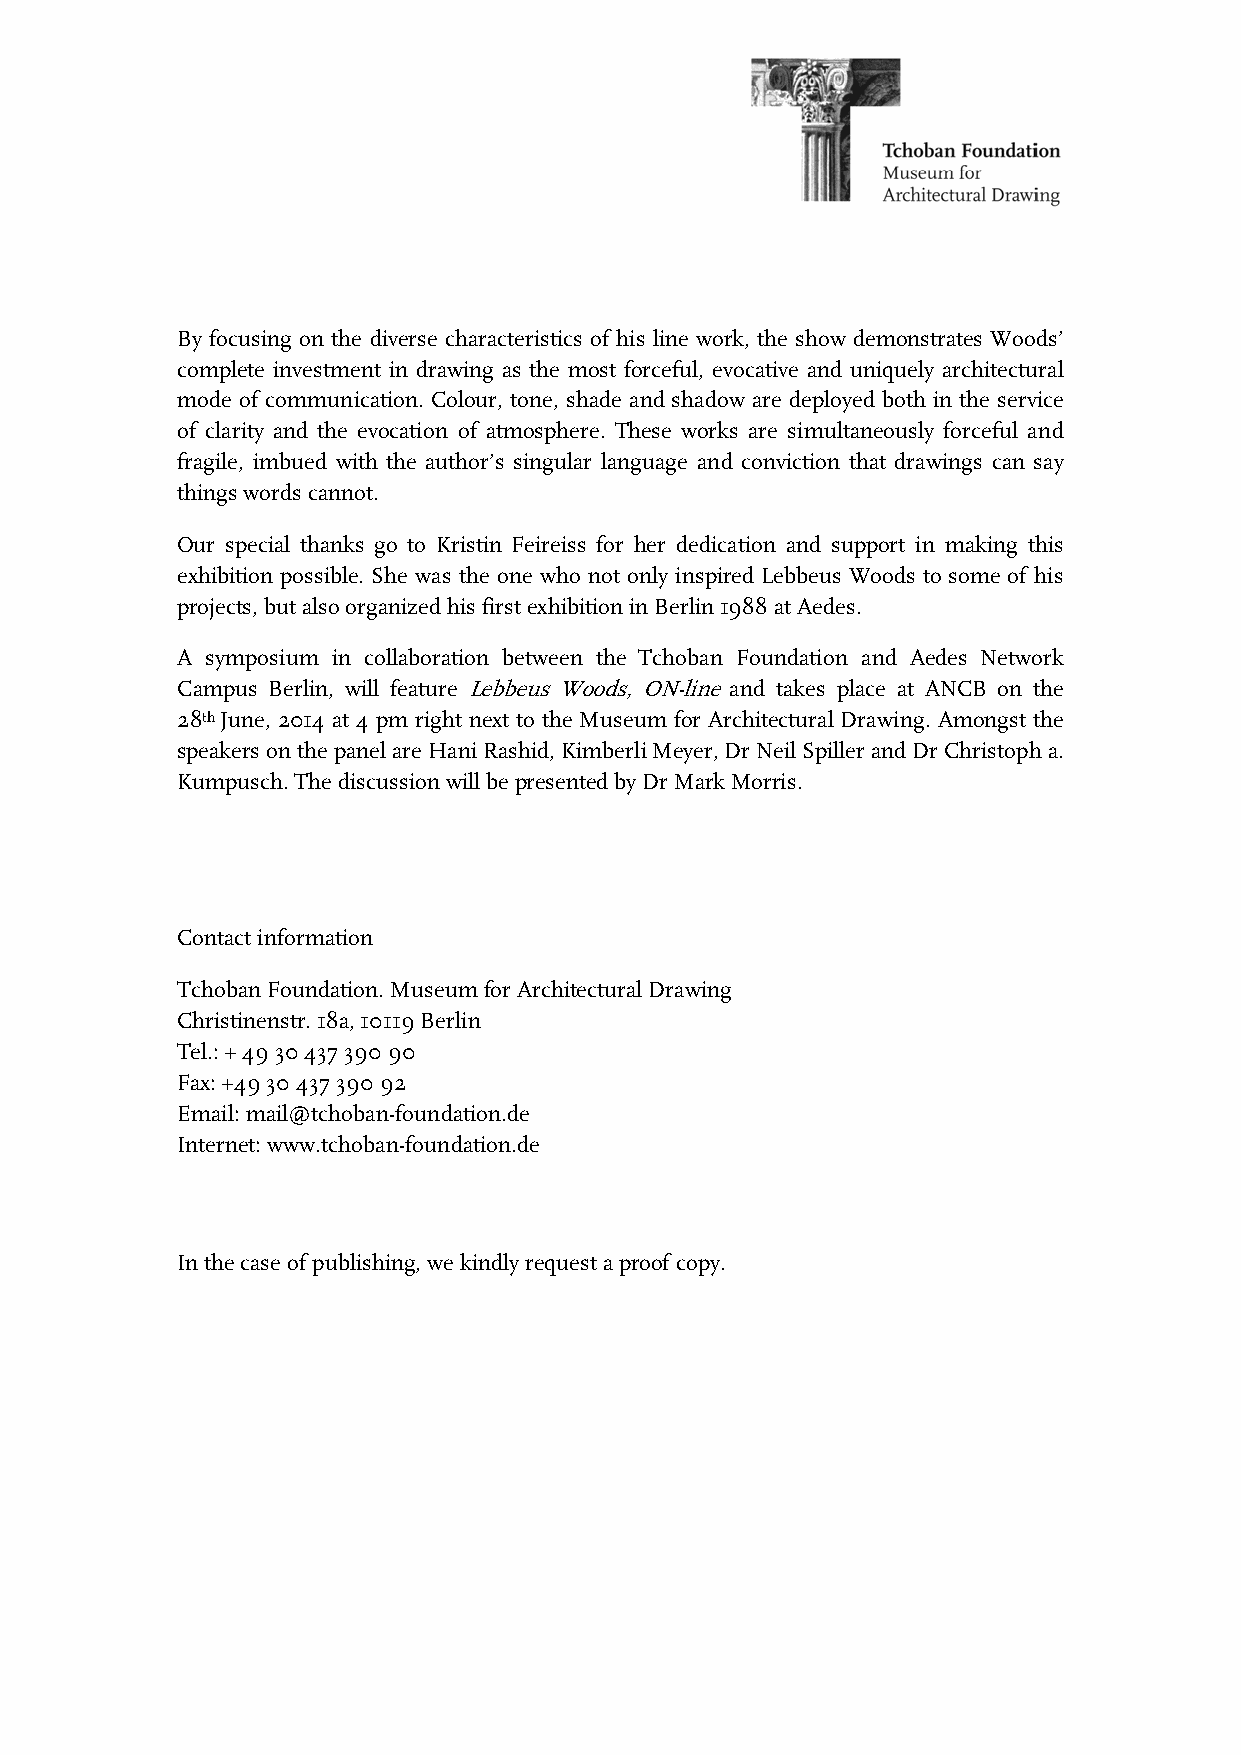
By focusing on the diverse characteristics of his line work, the show demonstrates Woods’
 complete investment in drawing as the most forceful, evocative and uniquely architectural
 mode of communication. Colour, tone, shade and shadow are deployed both in the service
 of clarity and the evocation of atmosphere. These works are simultaneously forceful and
 fragile, imbued with the author’s singular language and conviction that drawings can say
 things words cannot.
 Our special thanks go to Kristin Feireiss for her dedication and support in making this
 exhibition possible. She was the one who not only inspired Lebbeus Woods to some of his
 projects, but also organized his first exhibition in Berlin 1988 at Aedes.
 A symposium in collaboration between the Tchoban Foundation and Aedes Network
 Campus Berlin, will feature Lebbeus Woods, ON-line and takes place at ANCB on the
 28th June, 2014 at 4 pm right next to the Museum for Architectural Drawing. Amongst the
 speakers on the panel are Hani Rashid, Kimberli Meyer, Dr Neil Spiller and Dr Christoph a.
 Kumpusch. The discussion will be presented by Dr Mark Morris.
 Contact information
 Tchoban Foundation. Museum for Architectural Drawing
 Christinenstr. 18a, 10119 Berlin
 Tel.: + 49 30 437 390 90
 Fax: +49 30 437 390 92
 Email: mail@tchoban-foundation.de
 Internet: www.tchoban-foundation.de
 In the case of publishing, we kindly request a proof copy.